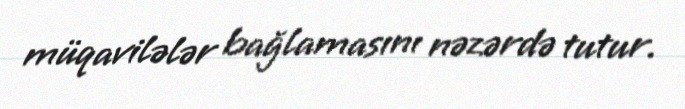
müqavilələr bağlamasını nəzərdə tutur.